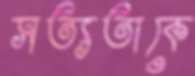
সত্যতাকে